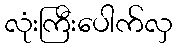
လုံးကြီးပေါက်လှ